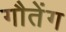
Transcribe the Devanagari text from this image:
गौतेंग